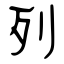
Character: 列